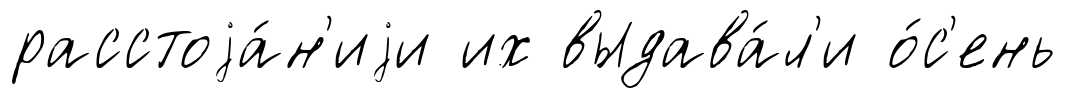
расстоjа́н'иjи их выдава́л'и о́с'ень